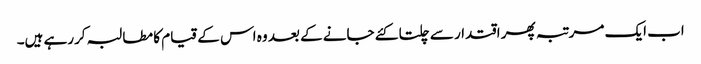
اب ایک مرتبہ پھر اقتدار سے چلتا کئے جانے کے بعد وہ اس کے قیام کا مطالبہ کررہے ہیں۔